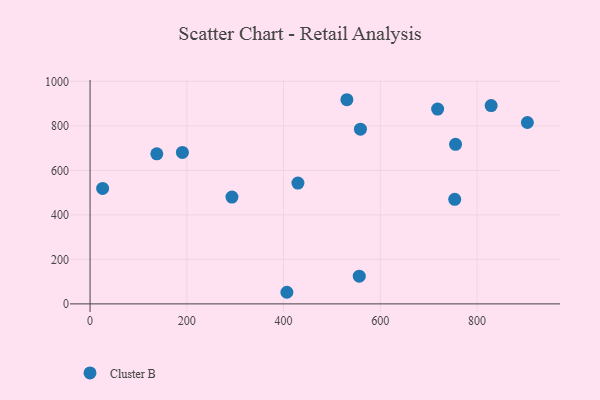
{"axis": {"x": "Study Hours", "y": "Profit"}, "legend": ["Cluster B"], "data": [{"x": "138.0", "y": 674.3, "type": "Cluster B"}, {"x": "904.0", "y": 815.0, "type": "Cluster B"}, {"x": "753.8", "y": 469.9, "type": "Cluster B"}, {"x": "556.5", "y": 124.5, "type": "Cluster B"}, {"x": "190.9", "y": 680.8, "type": "Cluster B"}, {"x": "26.0", "y": 519.0, "type": "Cluster B"}, {"x": "718.5", "y": 875.4, "type": "Cluster B"}, {"x": "429.7", "y": 543.1, "type": "Cluster B"}, {"x": "755.5", "y": 716.8, "type": "Cluster B"}, {"x": "558.9", "y": 785.1, "type": "Cluster B"}, {"x": "530.9", "y": 917.4, "type": "Cluster B"}, {"x": "293.3", "y": 479.9, "type": "Cluster B"}, {"x": "829.1", "y": 891.1, "type": "Cluster B"}, {"x": "406.9", "y": 52.2, "type": "Cluster B"}]}